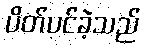
ပိတ်ပင်ခဲ့သည်